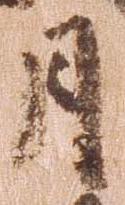
月